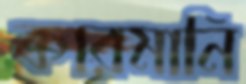
কারমানি